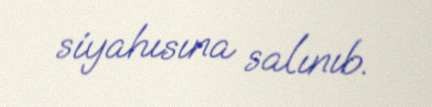
siyahısına salınıb.